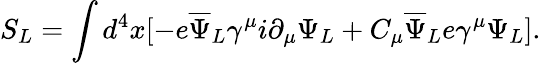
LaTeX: S_{L}=\int d^{4}x[-e{\overline{{\Psi}}}_{L}\gamma^{\mu}i\partial_{\mu}\Psi_{L}+C_{\mu}{\overline{{\Psi}}}_{L}e\gamma^{\mu}\Psi_{L}].